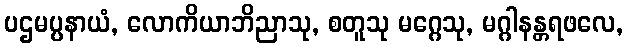
ပဌမပ္ပနာယံ, လောကိယာဘိညာသု, စတူသု မဂ္ဂေသု, မဂ္ဂါနန္တရဖလေ,